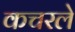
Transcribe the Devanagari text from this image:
कचरले